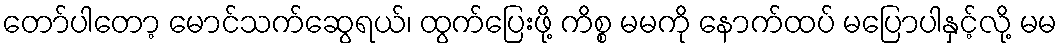
တော်ပါတော့ မောင်သက်ဆွေရယ်၊ ထွက်ပြေးဖို့ ကိစ္စ မမကို နောက်ထပ် မပြောပါနှင့်လို့ မမ